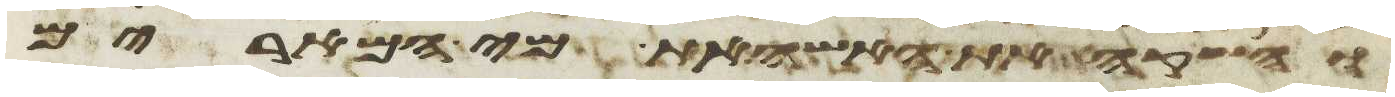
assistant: והשקה את האשה את מי המרים